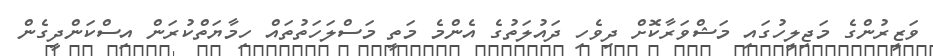
ވަޒީރުންގެ މަޖިލީހުގައި މަޝްވަރާކޮށް ދިވެހި ދައުލަތުގެ އެންމެ މަތީ މަސްލަހަތުތައް ހިމާޔަތްކުރަން އިސްކަންދީގެން